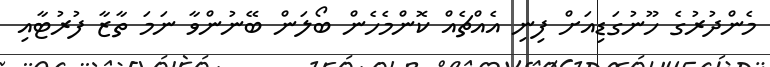
މެންދުރުގެ ހޫނުގަޑިއަށް ފިނި އެއްޗެއް ކޮންމެހެން ބޯލަން ބޭނުންވާ ނަމަ ތާޒާ ފުރުޓާއި